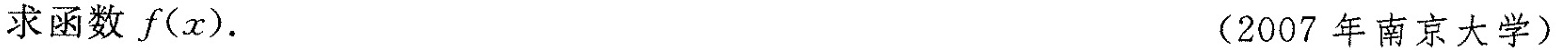
求函数f(x)。 (2007年南京大学)